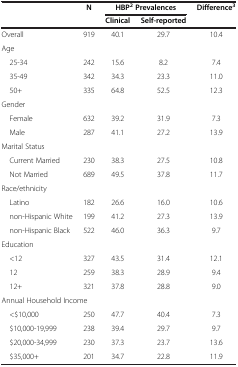
<table><thead><tr><td><b> </b></td><td><b>N</b></td><td colspan="2"><b>HBP<sup>2</sup>Prevalences</b></td><td><b>Difference<sup>3</sup></b></td></tr><tr><td><b> </b></td><td><b> </b></td><td><b>Clinical</b></td><td><b>Self-reported</b></td><td><b> </b></td></tr></thead><tbody><tr><td>Overall</td><td>919</td><td>40.1</td><td>29.7</td><td>10.4</td></tr><tr><td colspan="5">Age</td></tr><tr><td> 25-34</td><td>242</td><td>15.6</td><td>8.2</td><td>7.4</td></tr><tr><td> 35-49</td><td>342</td><td>34.3</td><td>23.3</td><td>11.0</td></tr><tr><td> 50+</td><td>335</td><td>64.8</td><td>52.5</td><td>12.3</td></tr><tr><td colspan="5">Gender</td></tr><tr><td> Female</td><td>632</td><td>39.2</td><td>31.9</td><td>7.3</td></tr><tr><td> Male</td><td>287</td><td>41.1</td><td>27.2</td><td>13.9</td></tr><tr><td colspan="5">Marital Status</td></tr><tr><td> Current Married</td><td>230</td><td>38.3</td><td>27.5</td><td>10.8</td></tr><tr><td> Not Married</td><td>689</td><td>49.5</td><td>37.8</td><td>11.7</td></tr><tr><td colspan="5">Race/ethnicity</td></tr><tr><td> Latino</td><td>182</td><td>26.6</td><td>16.0</td><td>10.6</td></tr><tr><td> non-Hispanic White</td><td>199</td><td>41.2</td><td>27.3</td><td>13.9</td></tr><tr><td> non-Hispanic Black</td><td>522</td><td>46.0</td><td>36.3</td><td>9.7</td></tr><tr><td colspan="5">Education</td></tr><tr><td> &lt;12</td><td>327</td><td>43.5</td><td>31.4</td><td>12.1</td></tr><tr><td> 12</td><td>259</td><td>38.3</td><td>28.9</td><td>9.4</td></tr><tr><td> 12+</td><td>321</td><td>37.8</td><td>28.8</td><td>9.0</td></tr><tr><td colspan="5">Annual Household Income</td></tr><tr><td> &lt;$10,000</td><td>250</td><td>47.7</td><td>40.4</td><td>7.3</td></tr><tr><td> $10,000-19,999</td><td>238</td><td>39.4</td><td>29.7</td><td>9.7</td></tr><tr><td> $20,000-34,999</td><td>230</td><td>37.3</td><td>23.7</td><td>13.6</td></tr><tr><td> $35,000+</td><td>201</td><td>34.7</td><td>22.8</td><td>11.9</td></tr></tbody></table>